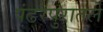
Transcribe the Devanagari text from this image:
पंढरपुरातले